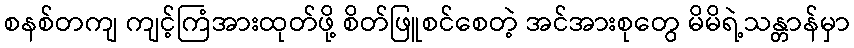
စနစ်တကျ ကျင့်ကြံအားထုတ်ဖို့ စိတ်ဖြူစင်စေတဲ့ အင်အားစုတွေ မိမိရဲ့သန္တာန်မှာ